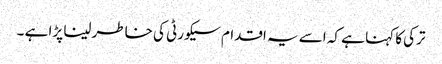
ترکی کا کہنا ہے کہ اسے یہ اقدام سیکورٹی کی خاطر لینا پڑا ہے ۔